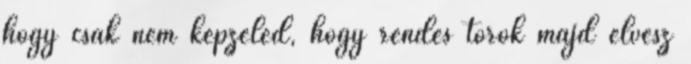
hogy csak nem képzeled, hogy rendes török majd elvesz